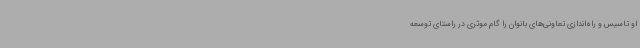
او تاسیس و راه‌اندازی تعاونی‌های بانوان را گام موثری در راستای توسعه